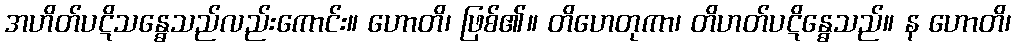
အဟိတ်ပဋိသန္ဓေသည်လည်းကောင်း။ ဟောတိ၊ ဖြစ်၏။ တိဟေတုကာ၊ တိဟတ်ပဋိန္ဓေသည်။ န ဟောတိ၊